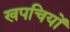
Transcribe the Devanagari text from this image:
खपचियों